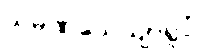
သမဏသေယျာရူပံ